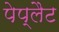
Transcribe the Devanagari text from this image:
पेप्लैट